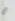
لا